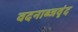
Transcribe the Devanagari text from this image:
वदनाब्जवृंद